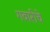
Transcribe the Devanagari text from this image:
गवारीचे